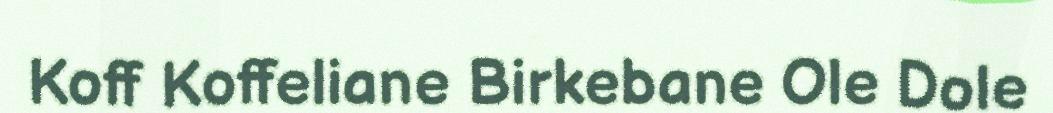
Koff Koffeliane Birkebane Ole Dole